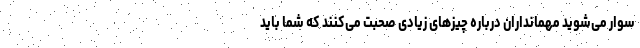
سوار می‌شوید مهمانداران درباره چیز‌های زیادی صحبت می‌کنند که شما باید